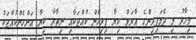
މިހާރު މި ދެމަފިރިންގެ އާރަވް ކިޔާ ފިރިހެން ކުއްޖަކާއި ނިތާރާ ކިޔާ އަންހެންކުއްޖަކު